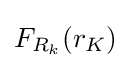
F_{R_{k}}(r_{K})